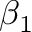
\beta _ { 1 }